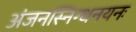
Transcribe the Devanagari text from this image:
अंजनस्निग्धनयनः